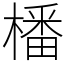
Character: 橎